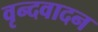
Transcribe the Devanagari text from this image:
वृन्दवादन